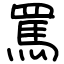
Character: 罵